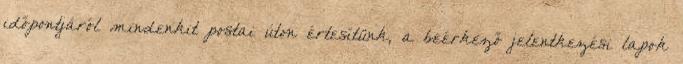
időpontjáról mindenkit postai úton értesítünk, a beérkező jelentkezési lapok